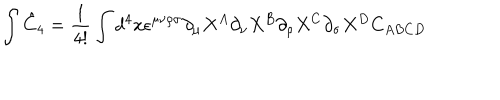
\int \hat { C } _ { 4 } = \frac { 1 } { 4 ! } \int d ^ { 4 } x \epsilon ^ { \mu \nu \rho \sigma } \partial _ { \mu } X ^ { A } \partial _ { \nu } X ^ { B } \partial _ { \rho } X ^ { C } \partial _ { \sigma } X ^ { D } C _ { A B C D }